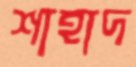
শাহাদ